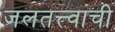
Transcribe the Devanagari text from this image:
जलतत्त्वाची